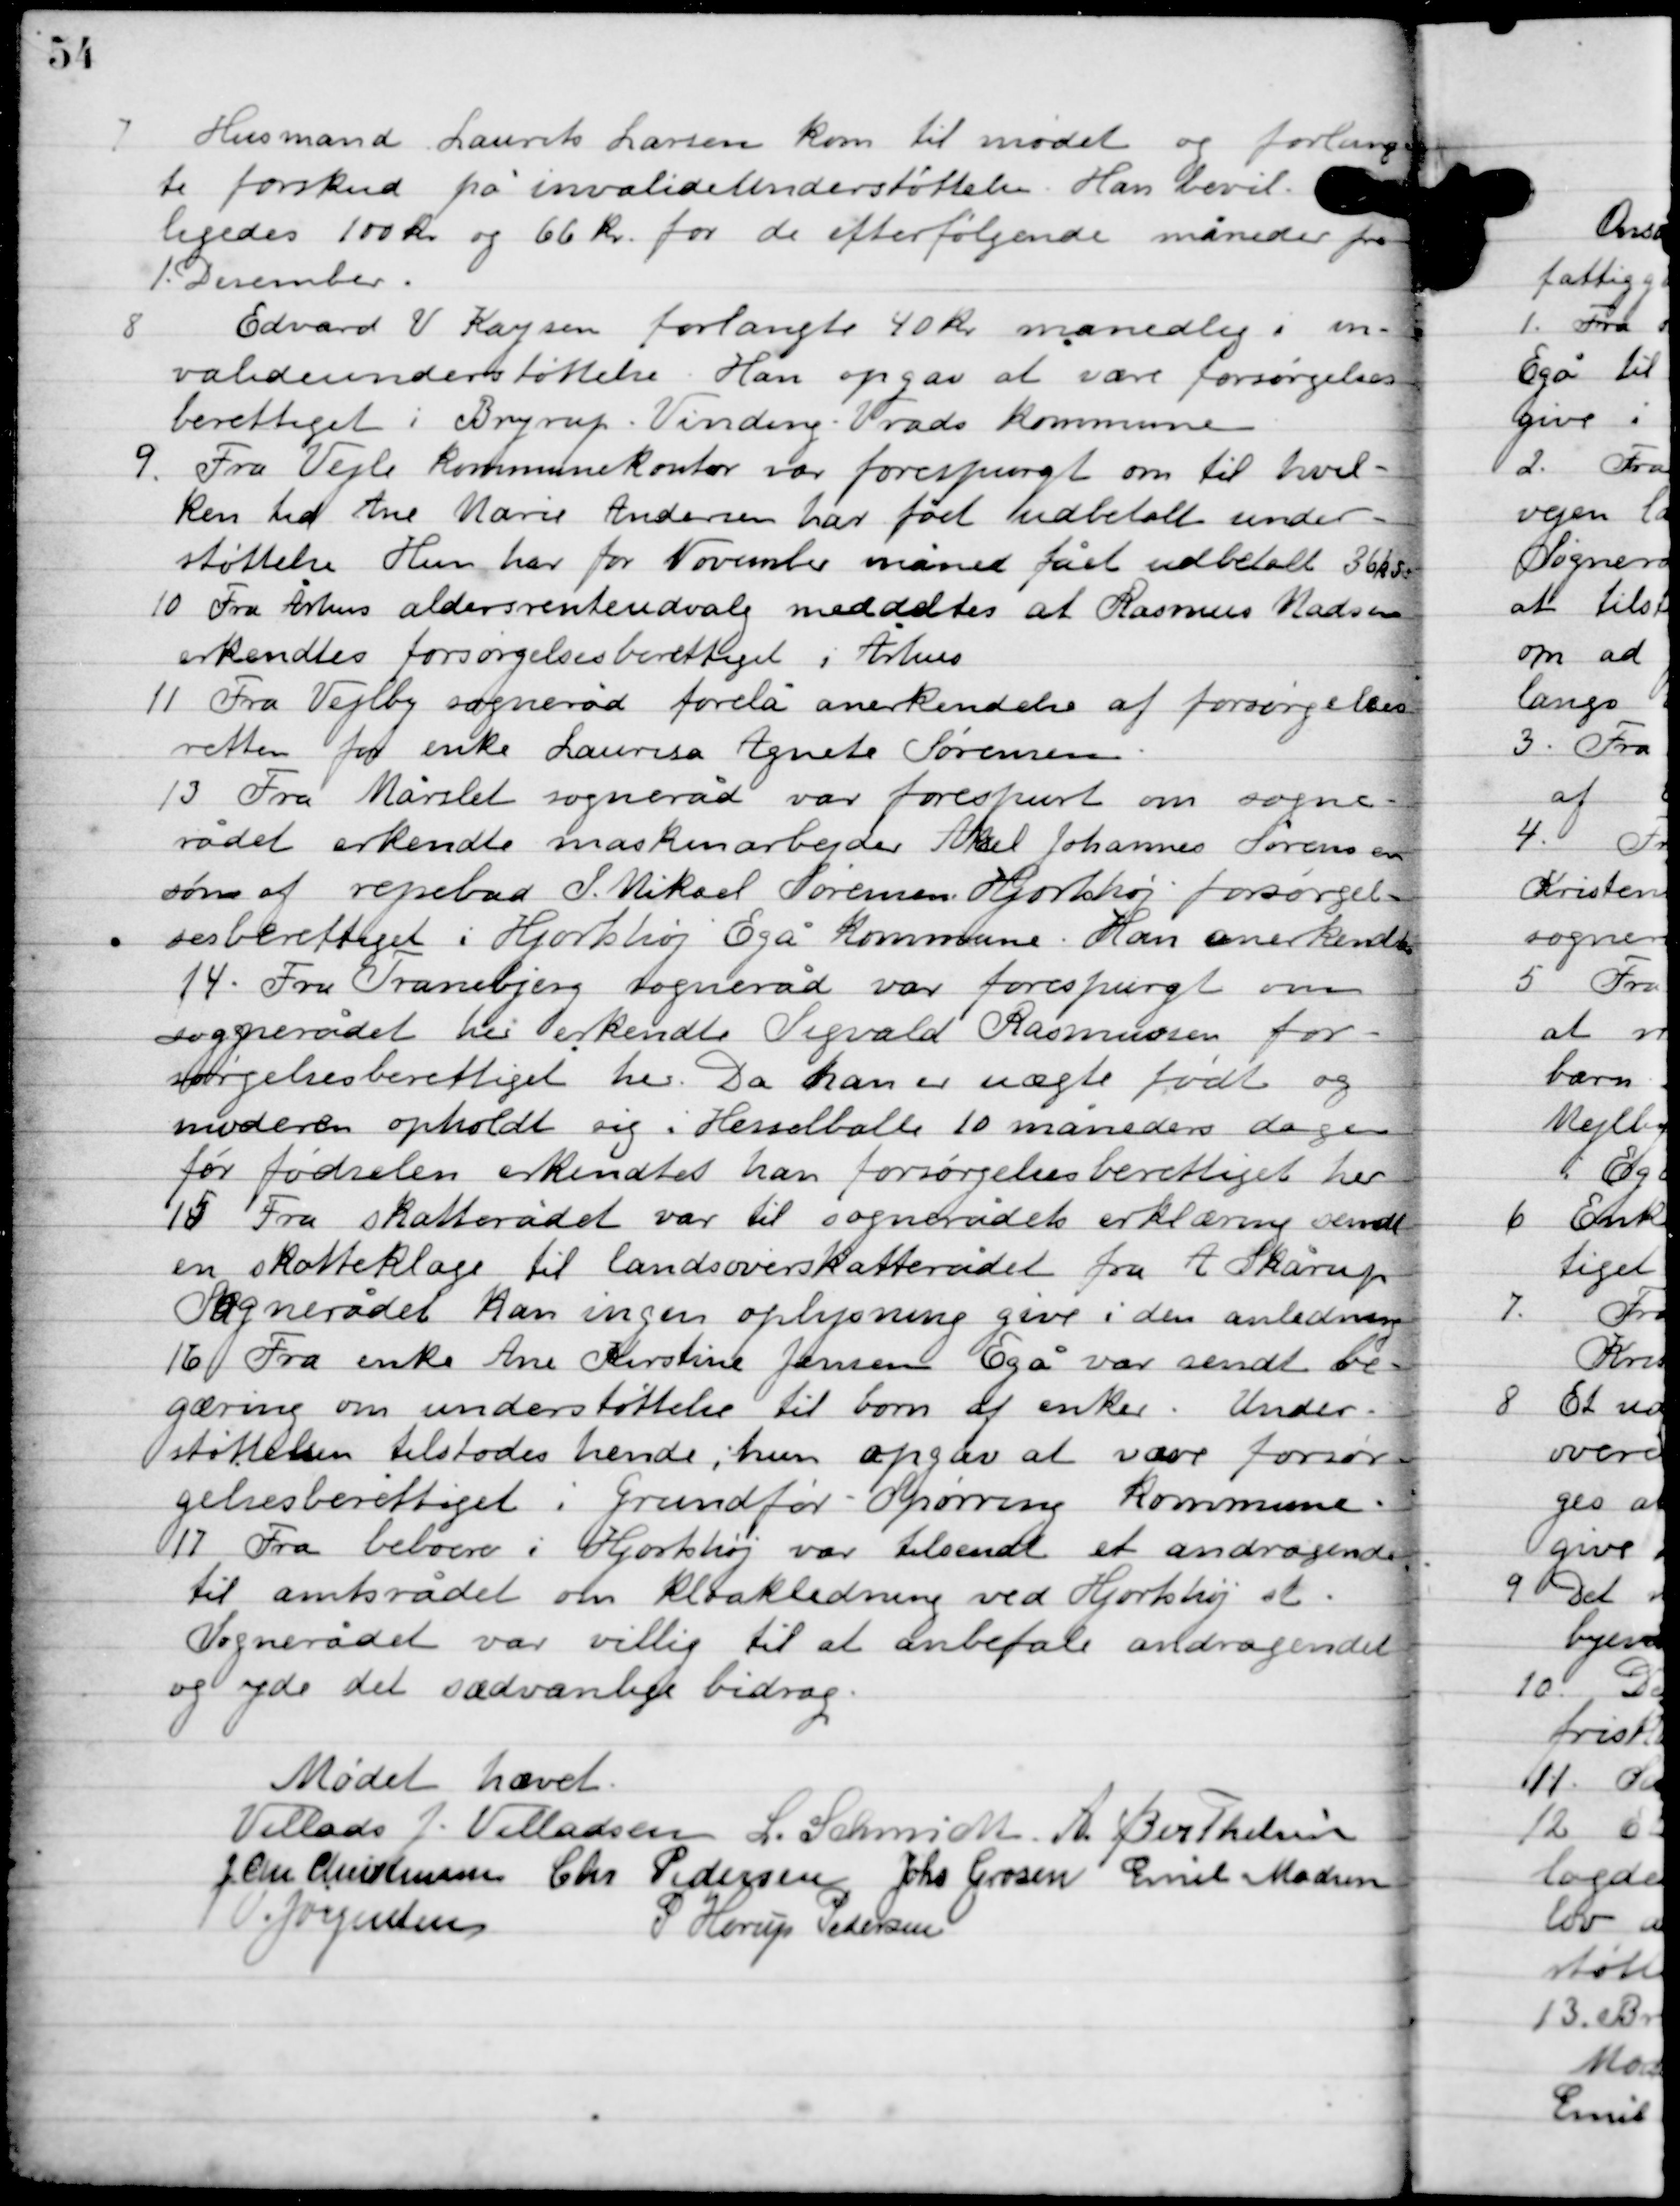
Transskription:
7

Husmand Laurits Larsen kom til mødet og forlang-
te forskud på invalideunderstøttelse. Han bevil-
gedes 100 kr. og 66 øre for de efterfølgende måneder fra
1. December.

8

Edvard V. Kaysen forlangte 40 kr. månedlig i in-
valide understøttelse. Han opgav at være forsørgelses-
berettiget i Bryrup, Vrads Kommune.

9

Fra Vejle kommunekontor var forespurgt om til hvil-
ken tid Ane Marie Andersen har fået udbetalt under-
støttelse. Hun har for November måned fået udbetalt 36 kr.

10

Fra Århus aldersrenteudvalg meddeltes at Rasmus Madsen
erkendtes forsørgelsesberettiget i Århus.

11

Fra Vejby sogneråd forelå anerkendelse af forsørgelses-
retten for enke Laurisa Agnete Sørensen.

12

Fra Mårslet sogneråd var forespurgt om sogne-
rådet erkendte maskinarbejder Aksel Johannes Sørensens
søn af rejsebud I. Mikkel Sørensen Hjortshøj forsørgel-
sesberettiget i Hjortshøj Egå kommune. Han anerkendtes.

13

Fra Tranbjerg sogneråd var forespurgt om
sognerådet her erkendte Sigvald Rasmusen for-
sørgelsesberettiget her. Da han er uægte født og
moderen opholdt sig i Hesselballe 10 måneders dage
før fødslen erkendtes han forsørgelsesberettiget her.

14

Fra skatteåret var til sognerådet erklæring om
en skatteklage til landsoverskatterådet fra A. Skårup.
Sognerådet kan ingen oplysning give i denne anledning.

15

Fra enke Ane Kirstine Jensen Egå var sendt be-
gæring om understøttelse til børn af enker. Under-
støttelsen tilstodes hende, hun opgav at være forsør-
gelsesberettiget i Grundfør-Spørring kommune.

16

Fra beboere i Hjortshøj var tilsendt et andragende
til amtsrådet om kloakledning ved Hjortshøj at
Sognerådet var villig til at anbefale andragendet
og yde det sædvanlige bidrag.

Mødet hævet

Villads J. Villadsen
L. Schmidt
A. Berthelsen
J. Chr. Christensen
Chr. Pedersen
Johs. Grosen
Emil Madsen
V. Jørgensen
P. Horup Pedersen